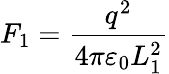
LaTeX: F_{1}={\frac{q^{2}}{4\pi\varepsilon_{0}L_{1}^{2}}}